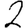
Digit: 2